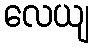
လေယျ